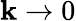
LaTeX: \mathbf{k}\rightarrow0